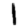
Digit: 1